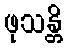
ဖုသန္တိ